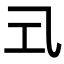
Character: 𭘂